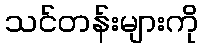
သင်တန်းများကို